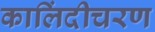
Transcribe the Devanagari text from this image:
कालिंदीचरण